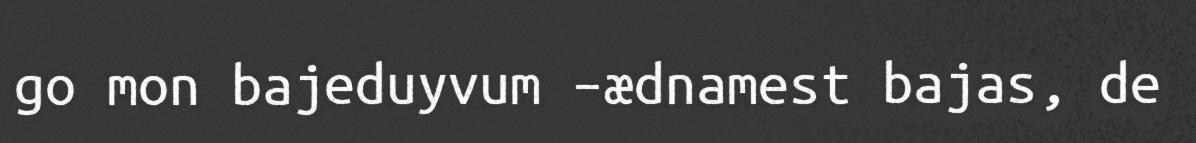
go mon bajeduyvum –ædnamest bajas, de